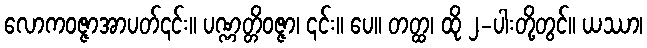
လောကဝဇ္ဇာအာပတ်၎င်း။ ပဏ္ဏတ္တိဝဇ္ဇာ၊ ၎င်း။ ပေ။ တတ္ထ၊ ထို ၂-ပါးတို့တွင်။ ယဿာ၊